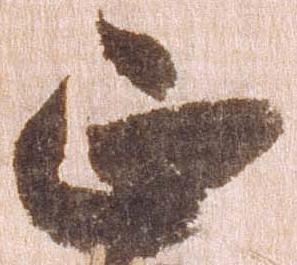
正